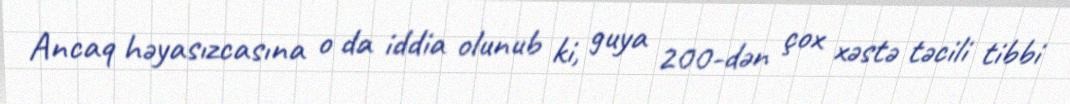
Ancaq həyasızcasına o da iddia olunub ki, guya 200-dən çox xəstə təcili tibbi